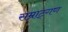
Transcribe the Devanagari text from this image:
सम्राट्गण